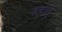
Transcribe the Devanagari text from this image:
महासु